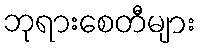
ဘုရားစေတီများ